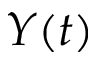
Y ( t )